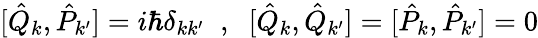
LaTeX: [\hat{Q}_{k},\hat{P}_{k^{\prime}}]=i\hbar\delta_{kk^{\prime}}\; \; ,\; \; [\hat{Q}_{k},\hat{Q}_{k^{\prime}}]=[\hat{P}_{k},\hat{P}_{k^{\prime}}]=0